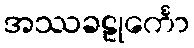
အဿခဠုင်္ကော